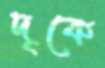
দৃকে